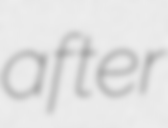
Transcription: after